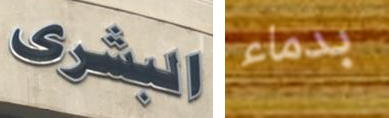
البشرى بدماء